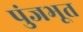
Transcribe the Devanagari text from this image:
पुंजभूत